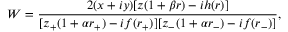
W = \frac { 2 ( x + i y ) [ z ( 1 + \beta r ) - i h ( r ) ] } { [ z _ { + } ( 1 + \alpha r _ { + } ) - i f ( r _ { + } ) ] [ z _ { - } ( 1 + \alpha r _ { - } ) - i f ( r _ { - } ) ] } ,